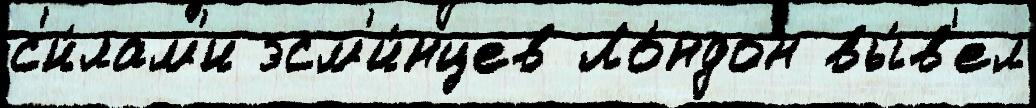
с'и́лам'и эсм'и́нцев Ло́ндон вы́в'ел